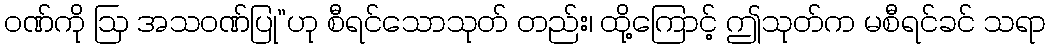
ဝဏ်ကို ဩ အသဝဏ်ပြု”ဟု စီရင်သောသုတ် တည်း၊ ထို့ကြောင့် ဤသုတ်က မစီရင်ခင် သရာ